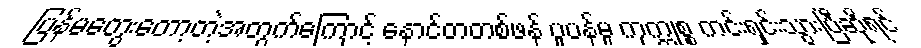
ပြန်မတွေးတော့တဲ့အတွက်ကြောင့် နောင်တတစ်ဖန် ပူပန်မှု ကုက္ကုစ္စ ကင်းရှင်းသွားပြီဆိုရင်